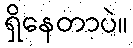
ရှိနေတာပဲ။